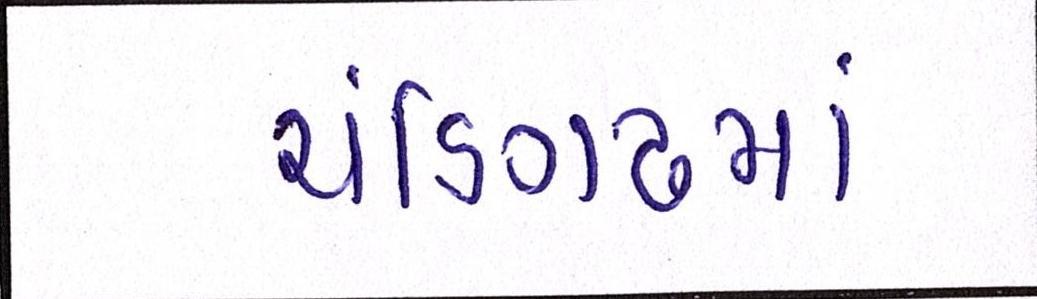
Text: ચંડિગઢમાં